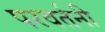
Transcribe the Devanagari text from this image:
परवर्तनी